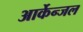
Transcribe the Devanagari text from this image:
आर्केन्जल